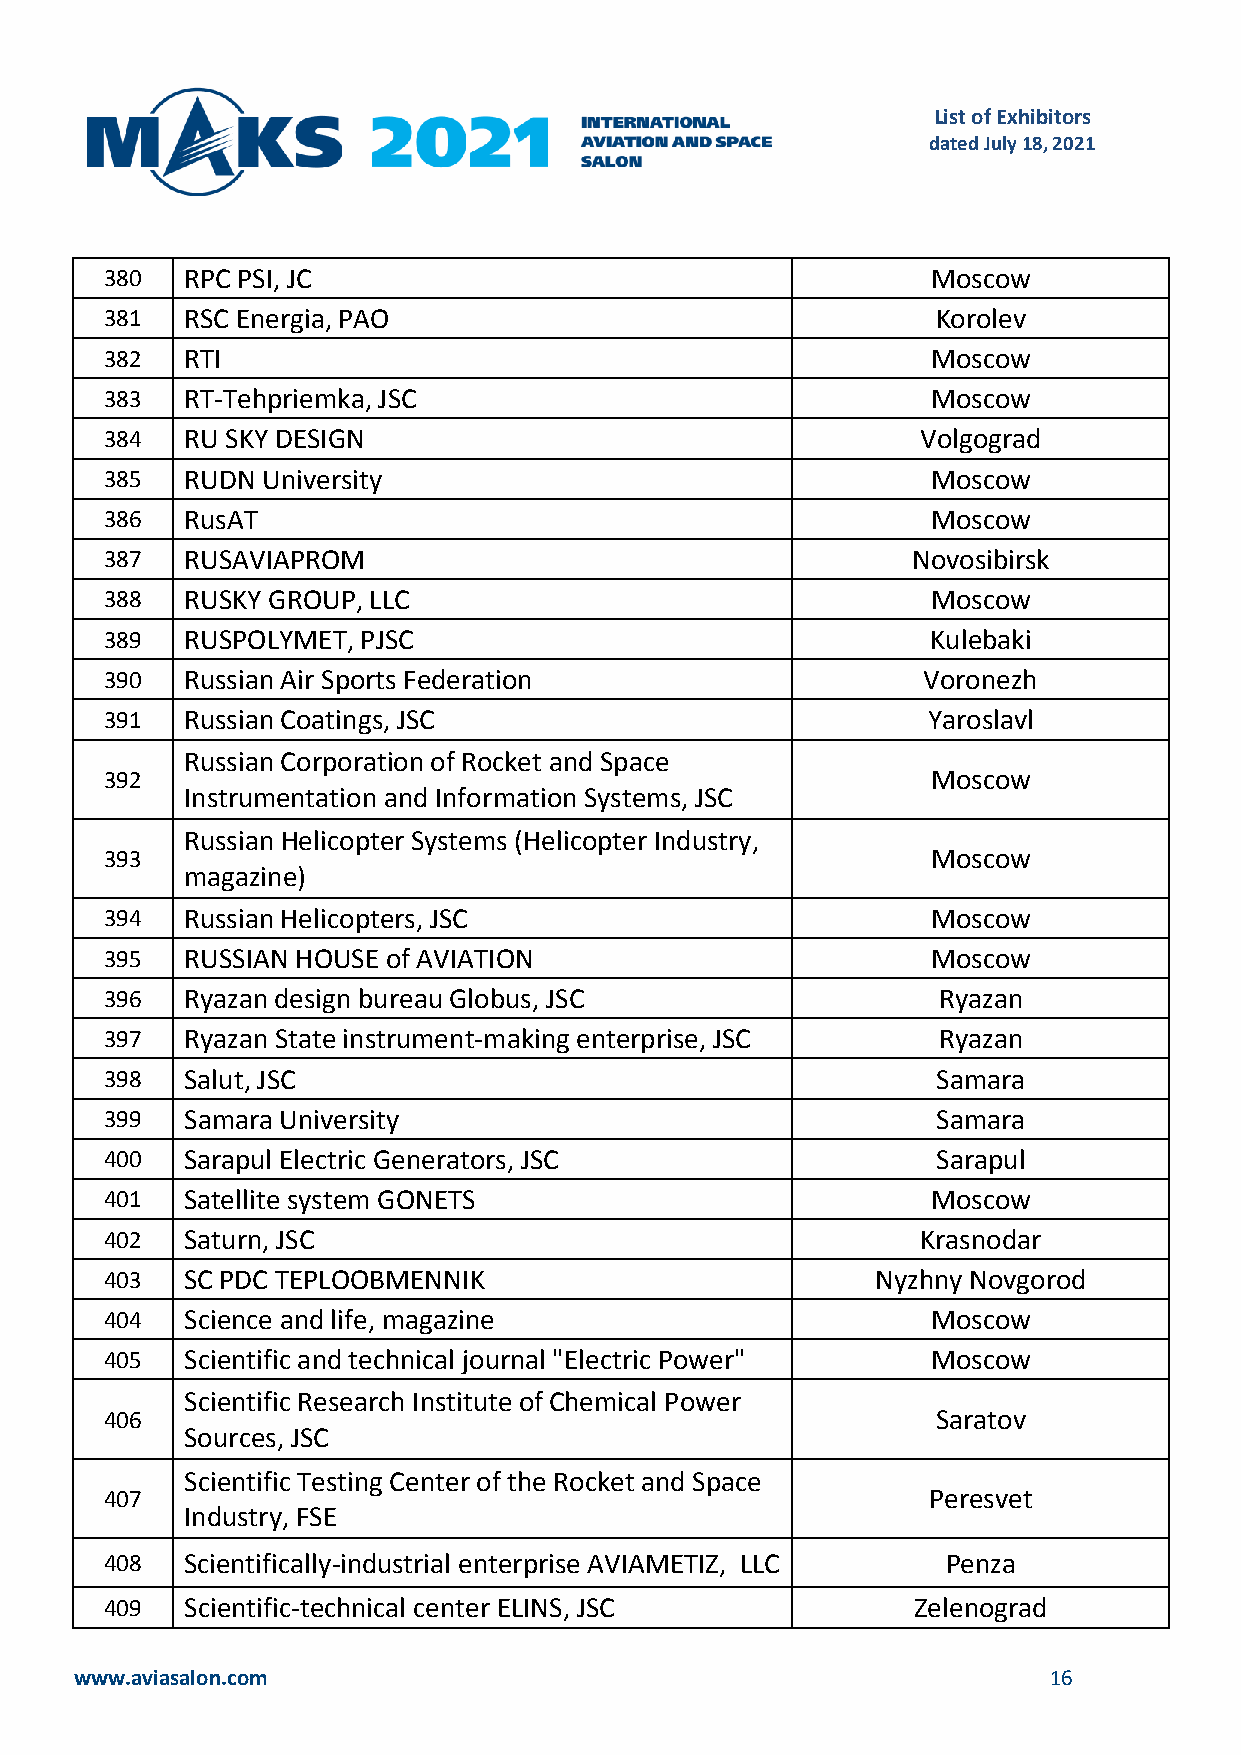
List of Exhibitors
 dated July 18, 2021
 380  RPC PSI, JC                                       Moscow
 381  RSC Energia, PAO                                  Korolev
 382  RTI                                               Moscow
 383  RT-Tehpriemka, JSC                                Moscow
 384  RU SKY DESIGN                                    Volgograd
 385  RUDN University                                   Moscow
 386  RusAT                                             Moscow
 387  RUSAVIAPROM                                     Novosibirsk
 388  RUSKY GROUP, LLC                                  Moscow
 389  RUSPOLYMET, PJSC                                  Kulebaki
 390  Russian Air Sports Federation                    Voronezh
 391  Russian Coatings, JSC                            Yaroslavl
 Russian Corporation of Rocket and Space
 392                                                    Moscow
 Instrumentation and Information Systems, JSC
 Russian Helicopter Systems (Helicopter Industry,
 393                                                    Moscow
 magazine)
 394  Russian Helicopters, JSC                          Moscow
 395  RUSSIAN HOUSE of AVIATION                         Moscow
 396  Ryazan design bureau Globus, JSC                  Ryazan
 397  Ryazan State instrument-making enterprise, JSC    Ryazan
 398  Salut, JSC                                        Samara
 399  Samara University                                 Samara
 400  Sarapul Electric Generators, JSC                  Sarapul
 401  Satellite system GONETS                           Moscow
 402  Saturn, JSC                                      Krasnodar
 403  SC PDC TEPLOOBMENNIK                          Nyzhny Novgorod
 404  Science and life, magazine                        Moscow
 405  Scientific and technical journal "Electric Power" Moscow
 Scientific Research Institute of Chemical Power
 406                                                    Saratov
 Sources, JSC
 Scientific Testing Center of the Rocket and Space
 407                                                   Peresvet
 Industry, FSE
 408  Scientifically-industrial enterprise AVIAMETIZ, LLC Penza
 409  Scientific-technical center ELINS, JSC          Zelenograd
 www.aviasalon.com                                               16